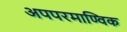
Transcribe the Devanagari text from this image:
अपपरमाण्विक